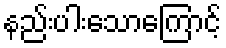
နည်းပါးသောကြောင့်